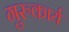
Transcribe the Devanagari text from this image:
गुरुकार्य